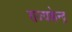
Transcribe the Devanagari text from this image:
राज्यकेन्द्र